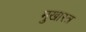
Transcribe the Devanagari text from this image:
मुखास्त्र